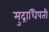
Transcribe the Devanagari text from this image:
मुद्राधिपती